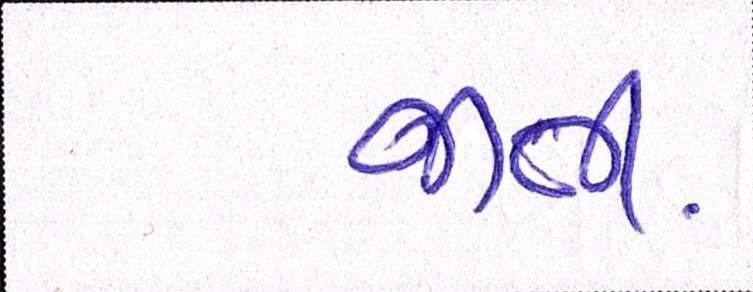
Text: જાતી